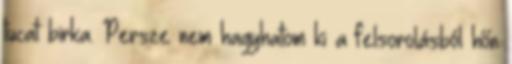
tucat birka. Persze nem hagyhatom ki a felsorolásból hőn